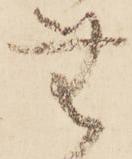
無